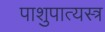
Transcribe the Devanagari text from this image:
पाशुपात्यस्त्र